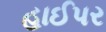
હાઈપર